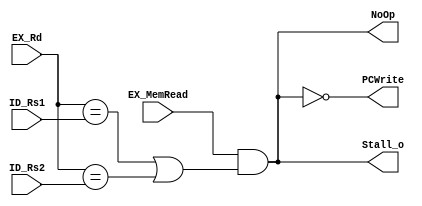
module Hazard_Detection
(
    input  [4:0]    ID_Rs1,
    input  [4:0]    ID_Rs2,
    input  [4:0]    EX_Rd,
    input           EX_MemRead,

    output          PCWrite,
    output          Stall_o,
    output          NoOp
);

// Implementation
assign Stall_o = (EX_MemRead && (EX_Rd == ID_Rs1) | (EX_Rd == ID_Rs2));
assign PCWrite = ~Stall_o;
assign    NoOp = Stall_o;

endmodule